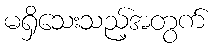
မရှိသေးသည့်အတွက်